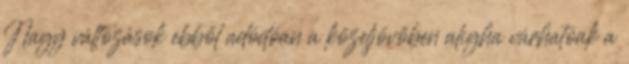
Nagy változások ebből adódóan a közeljövőben aligha várhatóak a